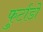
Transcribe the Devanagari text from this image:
फुर्टाडो